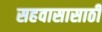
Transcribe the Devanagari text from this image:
सहवासासाठी